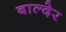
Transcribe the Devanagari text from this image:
बाल्देर